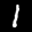
Label: 1